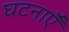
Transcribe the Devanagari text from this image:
घटनाऍँ